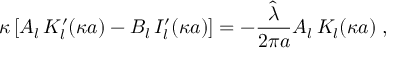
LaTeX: \kappa \left[ A _ { l } \, K _ { l } ^ { \prime } ( \kappa a ) - B _ { l } \, I _ { l } ^ { \prime } ( \kappa a ) \right] = - \frac { \hat { \lambda } } { 2 \pi a } A _ { l } \, K _ { l } ( \kappa a ) \; ,